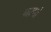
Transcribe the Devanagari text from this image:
चस्पां